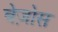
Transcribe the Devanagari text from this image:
बेज़ोस